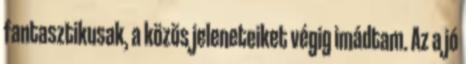
fantasztikusak, a közös jeleneteiket végig imádtam. Az a jó